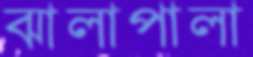
ঝালাপালা